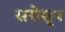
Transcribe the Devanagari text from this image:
सरोसृप